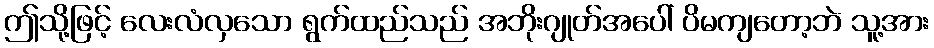
ဤသို့ဖြင့် လေးလံလှသော ရွက်ထည်သည် အဘိုးဂျုတ်အပေါ် ပိမကျတော့ဘဲ သူ့အား